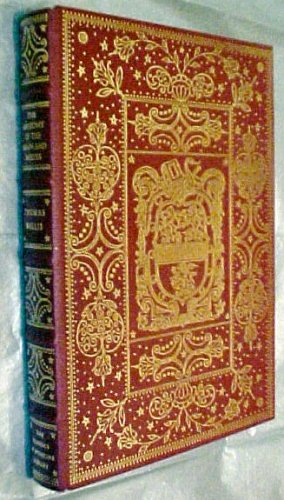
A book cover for The Anatomy of the Brain and Nerves.; Thomas Willis; Medical Books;